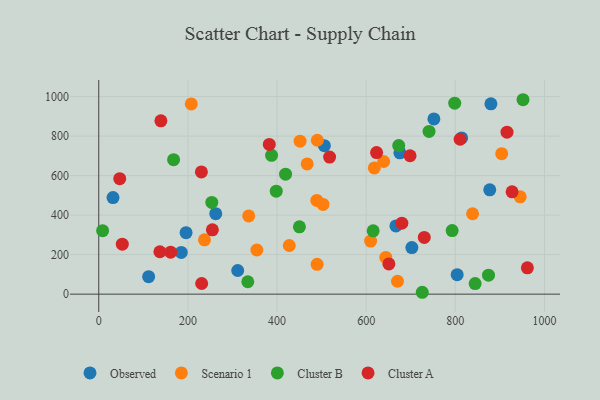
{"axis": {"x": "Engine Size", "y": "Rating"}, "legend": ["Cluster A", "Cluster B", "Observed", "Scenario 1"], "data": [{"x": "751.9", "y": 886.9, "type": "Observed"}, {"x": "262.5", "y": 407.2, "type": "Observed"}, {"x": "675.6", "y": 715.5, "type": "Observed"}, {"x": "702.4", "y": 235.7, "type": "Observed"}, {"x": "814.1", "y": 790.6, "type": "Observed"}, {"x": "185.1", "y": 211.0, "type": "Observed"}, {"x": "195.9", "y": 311.1, "type": "Observed"}, {"x": "879.8", "y": 963.4, "type": "Observed"}, {"x": "111.9", "y": 88.5, "type": "Observed"}, {"x": "804.1", "y": 98.6, "type": "Observed"}, {"x": "32.0", "y": 488.9, "type": "Observed"}, {"x": "506.1", "y": 751.5, "type": "Observed"}, {"x": "311.7", "y": 119.6, "type": "Observed"}, {"x": "666.7", "y": 345.2, "type": "Observed"}, {"x": "877.2", "y": 528.1, "type": "Observed"}, {"x": "207.6", "y": 963.1, "type": "Scenario 1"}, {"x": "618.2", "y": 639.1, "type": "Scenario 1"}, {"x": "336.4", "y": 395.8, "type": "Scenario 1"}, {"x": "489.9", "y": 150.9, "type": "Scenario 1"}, {"x": "838.6", "y": 406.9, "type": "Scenario 1"}, {"x": "237.2", "y": 275.2, "type": "Scenario 1"}, {"x": "354.7", "y": 223.6, "type": "Scenario 1"}, {"x": "904.0", "y": 710.9, "type": "Scenario 1"}, {"x": "609.9", "y": 268.9, "type": "Scenario 1"}, {"x": "490.4", "y": 779.1, "type": "Scenario 1"}, {"x": "489.2", "y": 474.3, "type": "Scenario 1"}, {"x": "945.5", "y": 492.8, "type": "Scenario 1"}, {"x": "467.6", "y": 659.0, "type": "Scenario 1"}, {"x": "644.0", "y": 186.1, "type": "Scenario 1"}, {"x": "451.7", "y": 774.5, "type": "Scenario 1"}, {"x": "503.2", "y": 454.3, "type": "Scenario 1"}, {"x": "670.2", "y": 65.3, "type": "Scenario 1"}, {"x": "427.4", "y": 246.2, "type": "Scenario 1"}, {"x": "639.2", "y": 671.6, "type": "Scenario 1"}, {"x": "673.0", "y": 751.9, "type": "Cluster B"}, {"x": "387.7", "y": 702.9, "type": "Cluster B"}, {"x": "334.4", "y": 62.8, "type": "Cluster B"}, {"x": "450.2", "y": 340.8, "type": "Cluster B"}, {"x": "741.0", "y": 823.8, "type": "Cluster B"}, {"x": "725.8", "y": 9.5, "type": "Cluster B"}, {"x": "253.6", "y": 464.2, "type": "Cluster B"}, {"x": "798.6", "y": 966.5, "type": "Cluster B"}, {"x": "419.1", "y": 607.2, "type": "Cluster B"}, {"x": "615.6", "y": 320.5, "type": "Cluster B"}, {"x": "8.7", "y": 321.1, "type": "Cluster B"}, {"x": "167.9", "y": 680.9, "type": "Cluster B"}, {"x": "844.4", "y": 53.3, "type": "Cluster B"}, {"x": "398.2", "y": 521.1, "type": "Cluster B"}, {"x": "874.4", "y": 96.0, "type": "Cluster B"}, {"x": "792.8", "y": 321.9, "type": "Cluster B"}, {"x": "951.8", "y": 984.2, "type": "Cluster B"}, {"x": "623.3", "y": 716.7, "type": "Cluster A"}, {"x": "915.9", "y": 819.8, "type": "Cluster A"}, {"x": "230.3", "y": 618.6, "type": "Cluster A"}, {"x": "927.3", "y": 518.0, "type": "Cluster A"}, {"x": "139.4", "y": 877.3, "type": "Cluster A"}, {"x": "47.1", "y": 584.8, "type": "Cluster A"}, {"x": "517.9", "y": 694.0, "type": "Cluster A"}, {"x": "254.9", "y": 325.4, "type": "Cluster A"}, {"x": "650.9", "y": 152.8, "type": "Cluster A"}, {"x": "161.3", "y": 212.6, "type": "Cluster A"}, {"x": "52.8", "y": 253.1, "type": "Cluster A"}, {"x": "698.4", "y": 700.6, "type": "Cluster A"}, {"x": "230.9", "y": 53.8, "type": "Cluster A"}, {"x": "810.7", "y": 784.0, "type": "Cluster A"}, {"x": "680.0", "y": 359.2, "type": "Cluster A"}, {"x": "730.3", "y": 287.3, "type": "Cluster A"}, {"x": "382.6", "y": 758.0, "type": "Cluster A"}, {"x": "961.6", "y": 133.2, "type": "Cluster A"}, {"x": "137.1", "y": 214.7, "type": "Cluster A"}]}